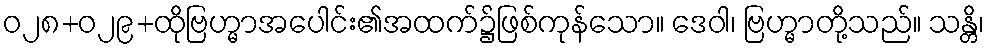
ဝ၂၈+၀၂၉+ထိုဗြဟ္မာအပေါင်း၏အထက်၌ဖြစ်ကုန်သော။ ဒေဝါ၊ ဗြဟ္မာတို့သည်။ သန္တိ၊